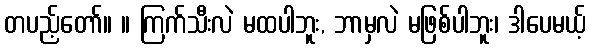
တပည့်တော်။ ။ ကြက်သီးလဲ မထပါဘူး, ဘာမှလဲ မဖြစ်ပါဘူး၊ ဒါပေမယ့်